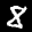
Label: 8